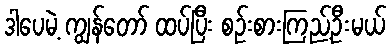
ဒါပေမဲ့ ကျွန်တော် ထပ်ပြီး စဉ်းစားကြည့်ဦးမယ်